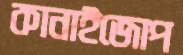
কানাইজোপ